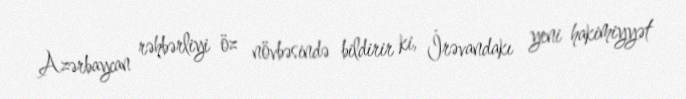
Azərbaycan rəhbərliyi öz növbəsində bildirir ki, İrəvandakı yeni hakimiyyət